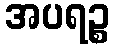
အပရဉ္စ